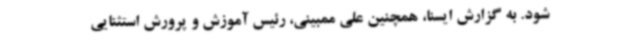
شود. به گزارش ایسنا، همچنین علی ممبینی، رئیس آموزش و پرورش استثنایی